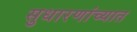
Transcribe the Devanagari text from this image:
सुधारणांच्यात